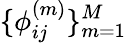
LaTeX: \{ \phi_{ij}^{(m)}\} _{m=1}^{M}